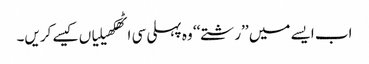
اب ایسے میں ’’رشتے‘‘ وہ پہلی سی اٹھکھیلیاں کیسے کریں۔